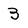
Character: 3